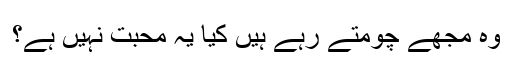
وہ مجھے چومتے رہے ہیں کیا یہ محبت نہیں ہے؟